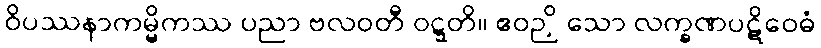
ဝိပဿနာကမ္မိကဿ ပညာ ဗလဝတီ ဝဋ္ဋတိ။ ဧဝဉှိ သော လက္ခဏပဋိဝေဓံ